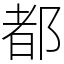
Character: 都